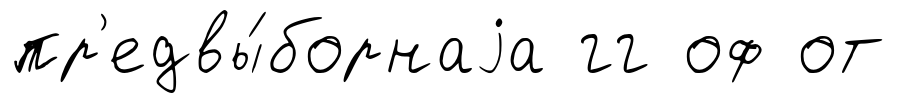
пр'едвы́борнаjа гг оф от